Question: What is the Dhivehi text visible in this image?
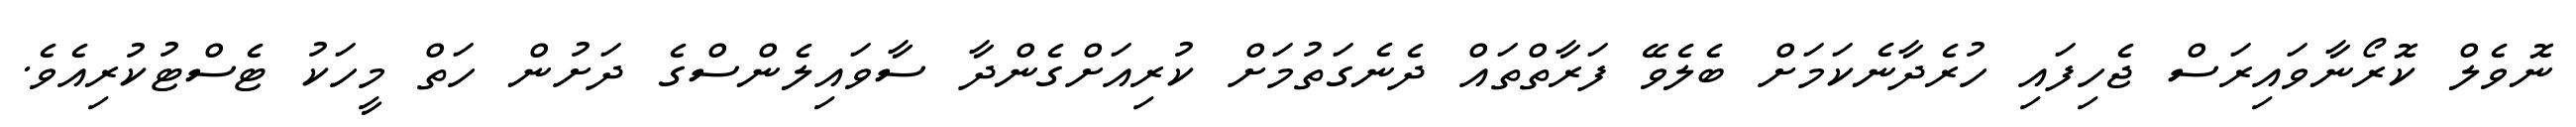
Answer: ނޮވެލް ކޮރޯނާވައިރަސް ޖެހިފައި ހުރެދާނެކަމަށް ބެލެވޭ ފަރާތްތައް ދެނެގަތުމަށް ކުރިއަށްގެންދާ ސާވައިލެންސްގެ ދަށުން ހަތް މީހަކު ޓެސްޓުކުރިއެވެ.